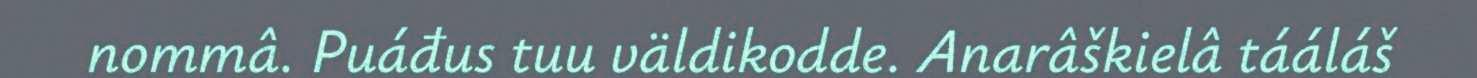
nommâ. Puáđus tuu väldikodde. Anarâškielâ tááláš